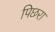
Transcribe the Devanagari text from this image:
पिछरा